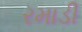
રમાડી